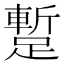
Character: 蹔